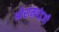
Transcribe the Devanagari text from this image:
श्रीरामचंद्रजी